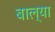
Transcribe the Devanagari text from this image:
बाल्या